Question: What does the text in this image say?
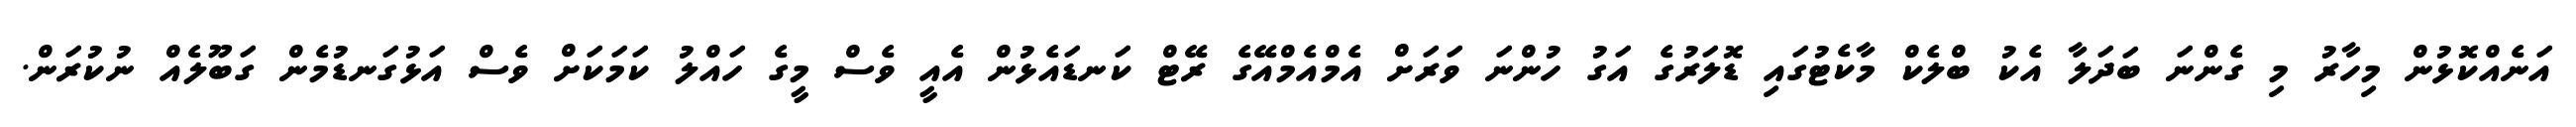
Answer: އަނެއްކޮޅުން މިހާރު މި ގެންނަ ބަދަލާ އެކު ބްލެކް މާކެޓުގައި ޑޮލަރުގެ އަގު ހުންނަ ވަރަށް އެމްއެމްއޭގެ ރޭޓް ކަނޑައެޅުން އެއީ ވެސް މީގެ ހައްލު ކަމަކަށް ވެސް އަޅުގަނޑުމެން ގަބޫލެއް ނުކުރަން.